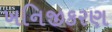
ખનિજીકરણ